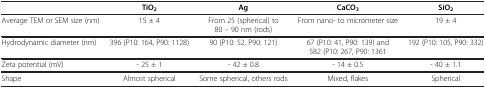
<table><thead><tr><td><b> </b></td><td><b>TiO<sub>2</sub></b></td><td><b>Ag</b></td><td><b>CaCO<sub>3</sub></b></td><td><b>SiO<sub>2</sub></b></td></tr></thead><tbody><tr><td>Average TEM or SEM size (nm)</td><td>15 ± 4</td><td>From 25 (spherical) to 80 – 90 nm (rods)</td><td>From nano- to micrometer size</td><td>19 ± 4</td></tr><tr><td>Hydrodynamic diameter (nm)</td><td>396 (P10: 164, P90: 1128)</td><td>90 (P10: 52, P90: 121)</td><td>67 (P10: 41, P90: 139) and 582 (P10: 267, P90: 1361</td><td>192 (P10: 105, P90: 332)</td></tr><tr><td>Zeta potential (mV)</td><td>- 25 ± 1</td><td>- 42 ± 0.8</td><td>- 14 ± 0.5</td><td>- 40 ± 1.1</td></tr><tr><td>Shape</td><td>Almost spherical</td><td>Some spherical, others rods</td><td>Mixed, flakes</td><td>Spherical</td></tr></tbody></table>